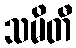
သမိတီ